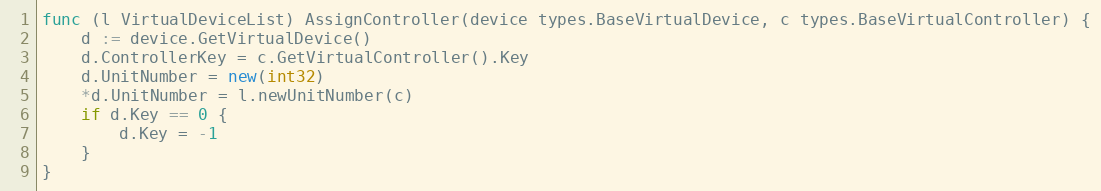
Language: Go
func (l VirtualDeviceList) AssignController(device types.BaseVirtualDevice, c types.BaseVirtualController) {
	d := device.GetVirtualDevice()
	d.ControllerKey = c.GetVirtualController().Key
	d.UnitNumber = new(int32)
	*d.UnitNumber = l.newUnitNumber(c)
	if d.Key == 0 {
		d.Key = -1
	}
}